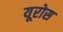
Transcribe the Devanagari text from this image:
यूरोस